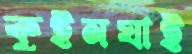
কুইনঘাই